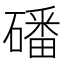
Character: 磻